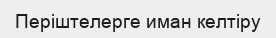
Періштелерге иман келтіру